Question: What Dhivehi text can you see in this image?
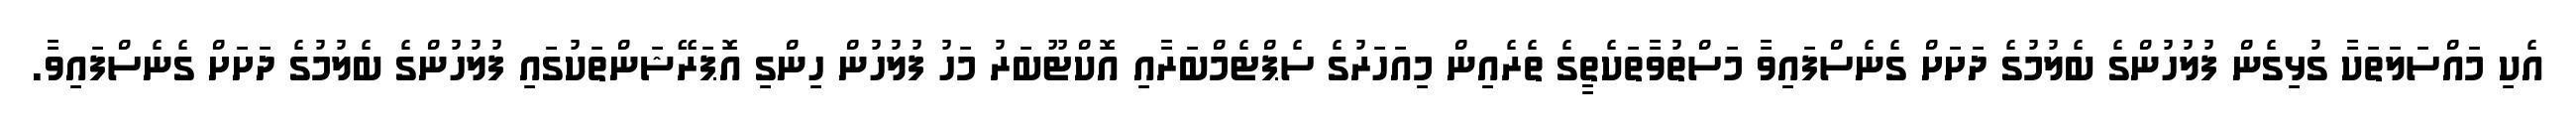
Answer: އެކި މައްސަލަތަކާ ގުޅިގެން ފުލުހުންގެ ބެލުމުގެ ދަށަށް ގެނެސްފައިވާ މަސްތުވާތަކެތީގެ ތެރެއިން މިއަހަރުގެ ސެޕްޓެމްބަރާއި އޮކްޓޫބަރު މަހު ފުލުހުން ހިންގި އޮޕަރޭޝަންތަކުގައި ފުލުހުންގެ ބެލުމުގެ ދަށަށް ގެނެސްފައިވާ.